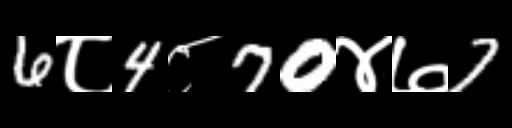
Text: 6८4८70४७7